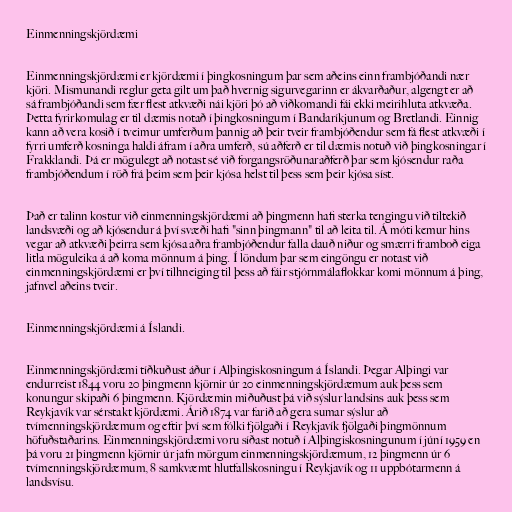
Einmenningskjördæmi

Einmenningskjördæmi er kjördæmi í þingkosningum þar sem aðeins einn frambjóðandi nær
kjöri. Mismunandi reglur geta gilt um það hvernig sigurvegarinn er ákvarðaður, algengt er að
sá frambjóðandi sem fær flest atkvæði nái kjöri þó að viðkomandi fái ekki meirihluta atkvæða.
Þetta fyrirkomulag er til dæmis notað í þingkosningum í Bandaríkjunum og Bretlandi. Einnig
kann að vera kosið í tveimur umferðum þannig að þeir tveir frambjóðendur sem fá flest atkvæði í
fyrri umferð kosninga haldi áfram í aðra umferð, sú aðferð er til dæmis notuð við þingkosningar í
Frakklandi. Þá er mögulegt að notast sé við forgangsröðunaraðferð þar sem kjósendur raða
frambjóðendum í röð frá þeim sem þeir kjósa helst til þess sem þeir kjósa síst.

Það er talinn kostur við einmenningskjördæmi að þingmenn hafi sterka tengingu við tiltekið
landsvæði og að kjósendur á því svæði hafi "sinn þingmann" til að leita til. Á móti kemur hins
vegar að atkvæði þeirra sem kjósa aðra frambjóðendur falla dauð niður og smærri framboð eiga
litla möguleika á að koma mönnum á þing. Í löndum þar sem eingöngu er notast við
einmenningskjördæmi er því tilhneiging til þess að fáir stjórnmálaflokkar komi mönnum á þing,
jafnvel aðeins tveir.

Einmenningskjördæmi á Íslandi.

Einmenningskjördæmi tíðkuðust áður í Alþingiskosningum á Íslandi. Þegar Alþingi var
endurreist 1844 voru 20 þingmenn kjörnir úr 20 einmenningskjördæmum auk þess sem
konungur skipaði 6 þingmenn. Kjördæmin miðuðust þá við sýslur landsins auk þess sem
Reykjavík var sérstakt kjördæmi. Árið 1874 var farið að gera sumar sýslur að
tvímenningskjördæmum og eftir því sem fólki fjölgaði í Reykjavík fjölgaði þingmönnum
höfuðstaðarins. Einmenningskjördæmi voru síðast notuð í Alþingiskosningunum í júní 1959 en
þá voru 21 þingmenn kjörnir úr jafn mörgum einmenningskjördæmum, 12 þingmenn úr 6
tvímenningskjördæmum, 8 samkvæmt hlutfallskosningu í Reykjavík og 11 uppbótarmenn á
landsvísu.